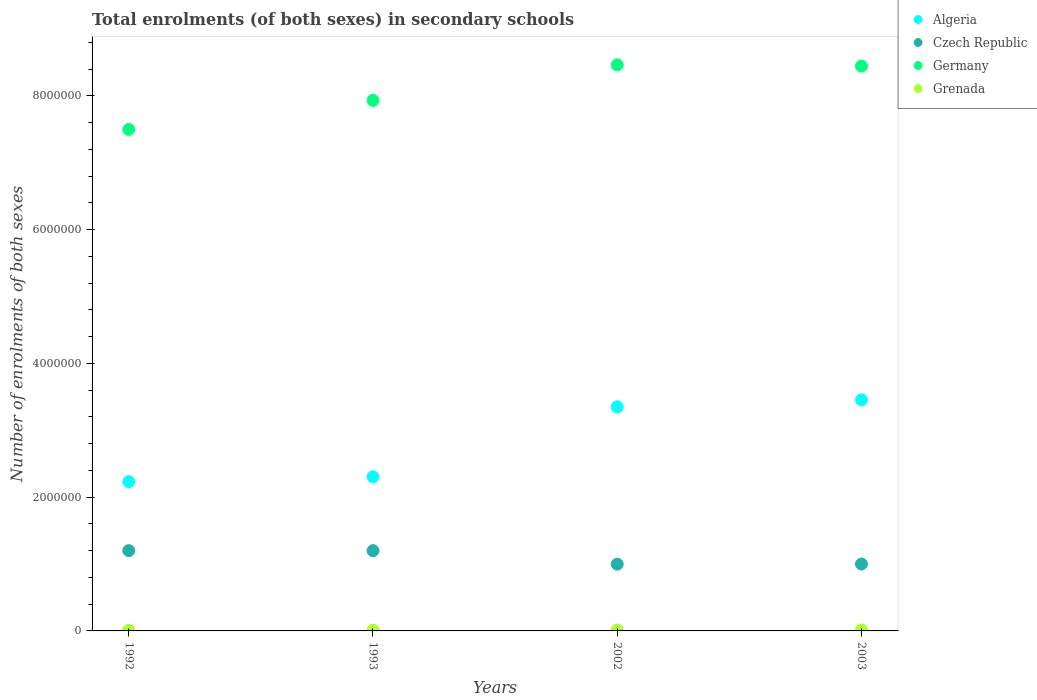
| Years | Algeria | Czech Republic | Germany | Grenada |
 | --- | --- | --- | --- | --- |
 | 1992 | 2.23e+06 | 1.2e+06 | 7.5e+06 | 9.9e+03 |
 | 1993 | 2.31e+06 | 1.2e+06 | 7.93e+06 | 1.02e+04 |
 | 2002 | 3.35e+06 | 9.99e+05 | 8.47e+06 | 1.45e+04 |
 | 2003 | 3.46e+06 | 1e+06 | 8.45e+06 | 1.49e+04 |